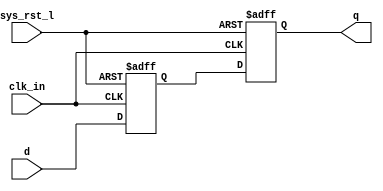
//SYNC.V
//
module sync (clk_in,sys_rst_l, d, q);  
	input  clk_in,sys_rst_l, d;  
	output q;  
	reg  pipe1, pipe2;
	always@ (posedge clk_in or negedge sys_rst_l)
		 if (~sys_rst_l) begin 
			pipe1 <= 0; 
			pipe2 <= 0; 
		end  
		else begin 
			pipe1 <= d;
			pipe2 <= pipe1; 
		end
	assign q= pipe2;
endmodule